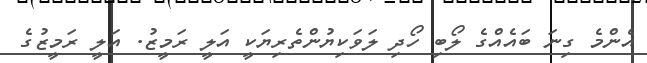
އެންމެ ގިނަ ބައެއްގެ ލޯބި ހޯދި ލަވަކިޔުންތެރިޔަކީ އަލީ ރަމީޒު. އަލީ ރަމީޒުގެ